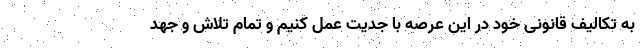
به تکالیف قانونی خود در این عرصه با جدیت عمل کنیم و تمام تلاش و جهد